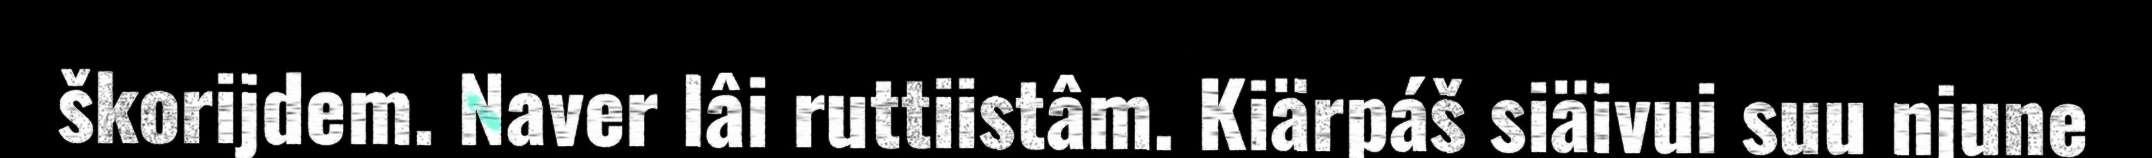
škorijdem. Naver lâi ruttiistâm. Kiärpáš siäivui suu njune